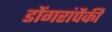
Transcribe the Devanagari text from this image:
डोंगरांपैकी